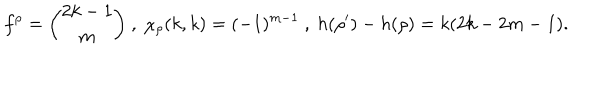
LaTeX: f ^ { \rho } = { \binom { 2 k - 1 } { m } } \ , \ \chi _ { \rho } ( k , k ) = ( - 1 ) ^ { m - 1 } \ , \ h ( \rho ^ { \prime } ) - h ( \rho ) = k ( 2 k - 2 m - 1 ) .